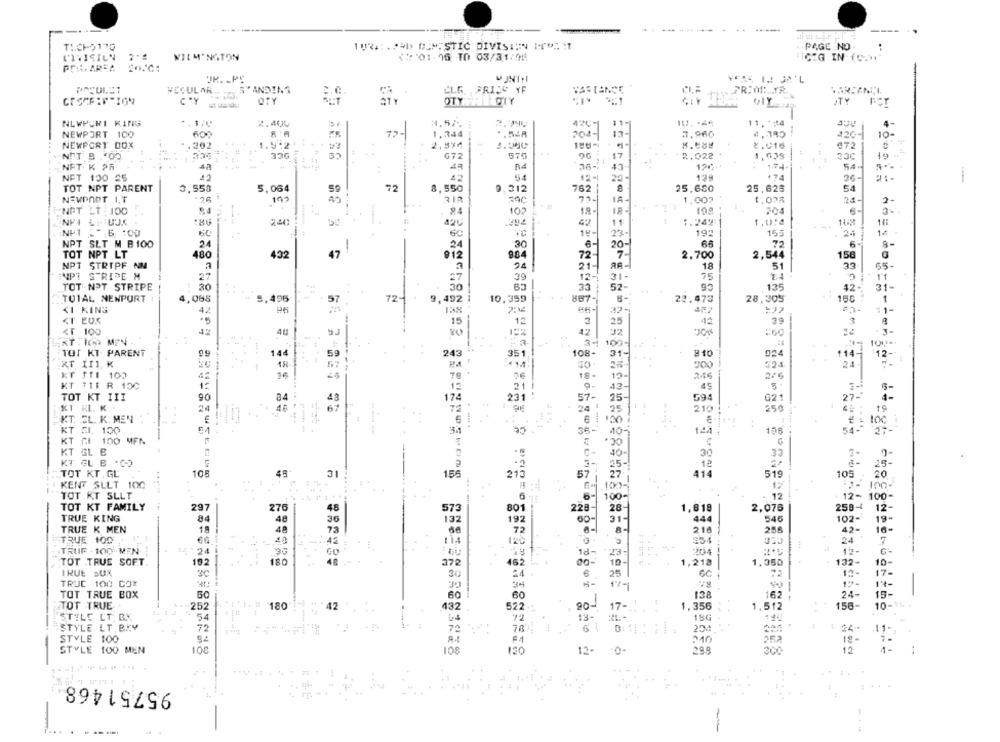
TICHO170
10% .:. 24D DOMISTIC DIVISION PTOSI
PAGE NO
..
WILMINGTON
<'01.96 TO 03/31/98
CEG IN (C-1
PRAL, AREA
U INTH
WEGULAR .. . 5' ANDINS
CLG. PRIJS YF
C.C.
VARIANCE
PRIOR .. YR.
OTY
27
STY
CY ===
NLWPURI KING
2.40%
4201 317
11.#4
4-
NEWPORT 100
1,344
*. 548
204- 13-
3,960
420-1
10-
NEWPORT BOX
.202
1.912
23
2.016
€72
336
672
575
.. 4
17
*R.022 .
1,039
33C
19
N''T B . 02.
NFT K 26.
4ª
..
47
R4
1.74
NPT 130 25
54
22-
24-
TOT NPT PARENT
3,558
5,064
72
8,550
9,312
762
25,680
25,625
54
NEWPORT I.T
28
192
1A-
1,002
1.028
21-
2-
NPT LT: 100
24
102
18-
199
204
6-
3-
244
11
1.24%
-
62
23-
NP1 - 6 :00
60
-
60
9
19-
19ª
155
. 24
1ª
NPT SLT M B100
24
24
30
6-
66
6
8-
72
TOT NPT LT
480
432
47
012
984
72-
2,700
2,544
158
NPT STRIPF NM
94
21-
RA-
18
51
C.
65-
NPT STRIDE H
24
27
27
39
12-1
31-
75
TOT -NPT STRIPE
30
30
33
52-
135
42-
31-
72-80
9,492 |
TOTAL NEWPORT
4,068
=, 496
57
10,359
887-
22.473
28,305
1
<1 KING
42
32-
11-
<T EOK
·5
42
3
15
12
3
25
<r 100
42
80
:60
KT . ICH. MEN
3.
100-
100-
TOT KI PARENT
464 &
464 6
144
59
243
108+
31-
810
024
114
12 -
RT III K
E
67
524
24-
F
KT ITI 100
4:
19.
13-
246
2/6
KT TIF R 100
1:
12
13-
45
21
TOT KT III
90
84
43
174
57-
25-
594
62
4-
24
.
24 1
25
210
250
19
KT. SL. K. MEN
6
30 )
KT EL. 100
30
95
10-
CC.
198
120 ;
KT GI 100 MFN
KT GL B
30
33
10 -
KT GL B .CO
3-
25-
12
TOT KT. GL
105
45
31
156
27
414
519
105
20
KENT SULT 100
- . 100-
2- 100-
TOT KT SLLT
6
100-
. 12
100
28-
TOT KT FAMILY
297
276
573
801
228
1,618
2,076
258
12-
TRUE KING
------
48
36
132
192
314
444
546
102-
19 -
TRUE K MEN
18
48
73
8-
216
42-
16-
TRUE 100
42
354
24
7
TRUF . 100 MEN
14 24
-
12-
23-
TOT TRUE SOFT.
192
180
372
00-
10-
1,218
1.350
132-
10-
IRUE SUX
30
6
25
GC
12-
17.
TRUC 100 COX
TOT TRUE BOX
60
24-
15-
60
60
138
162
TOT TRUE
252
180
42
432
522
90
17-
, 356
1.512
156
10-11 .
STYLE LT BX
54
72
156
STYLE LT BYY
72
78
24
.11
STYLE 100
18-
STYLE 100 MEN
100
108
120
12-
.0-
299
200
12
95751468